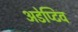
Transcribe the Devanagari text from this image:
अडेप्टिव